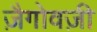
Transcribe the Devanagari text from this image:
ज़ैगोवज़ी